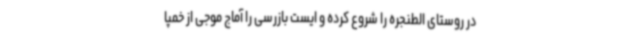
در روستای الطنجره را شروع کرده و ایست بازرسی را آماج موجی از خمپا